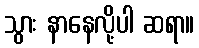
သွား နာနေလို့ပါ ဆရာ။